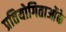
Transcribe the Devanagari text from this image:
प्रतियोगिताओंके